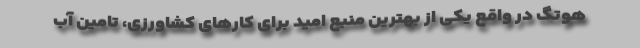
هوتگ در واقع یکی از بهترین منبع امید برای کارهای کشاورزی، تامین آب